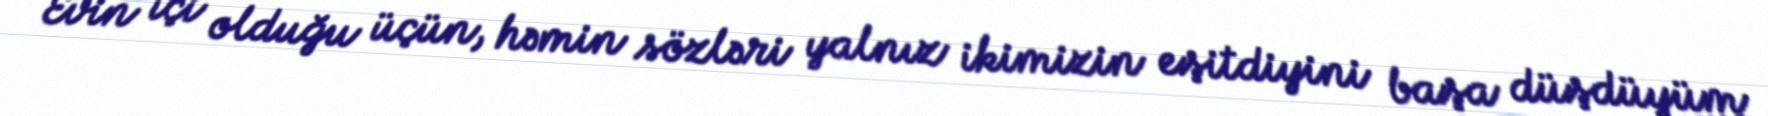
Evin içi olduğu üçün, həmin sözləri yalnız ikimizin eşitdiyini başa düşdüyüm